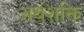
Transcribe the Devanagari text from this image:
अर्थशक्ति